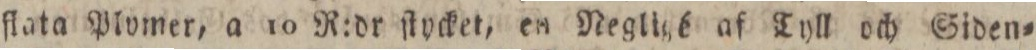
ſlata Plomer, a 10 R:dr ſtycket, en Negligé af Tyll och Siden=